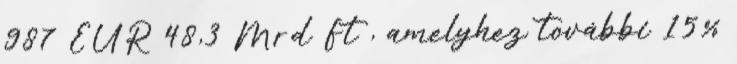
987 EUR 48,3 Mrd Ft , amelyhez további 15%